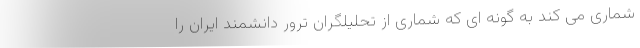
شماری می کند به گونه ای که شماری از تحلیلگران ترور دانشمند ایران را